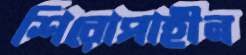
শিরোপাহীন